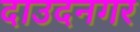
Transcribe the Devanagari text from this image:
दाउदनगर